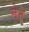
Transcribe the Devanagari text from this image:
मेत